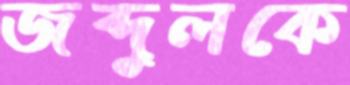
জব্দুলকে